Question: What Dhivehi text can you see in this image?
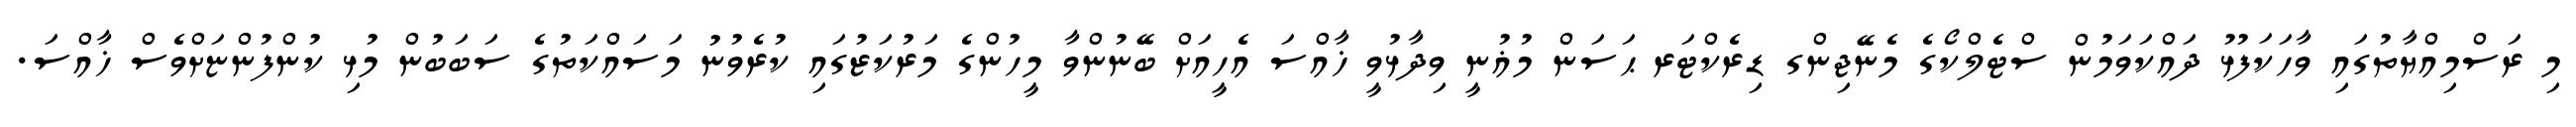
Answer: މި ރަސްމިއްޔާތުގައި ވާހަކަފުޅު ދައްކަވަމުން ސްޓެލްކޯގެ މެނޭޖިންގ ޑިރެކްޓަރ ޙަސަން މުޣުނީ ވިދާޅުވީ ޚާއްސަ އެހީއަށް ބޭނުންވާ މީހުންގެ މަރުކަޒުގައި ކުރެވުނު މަސައްކަތުގެ ސަބަބުން މުޅި ކުންފުންޏަށްވެސް ޚާއްސަ.